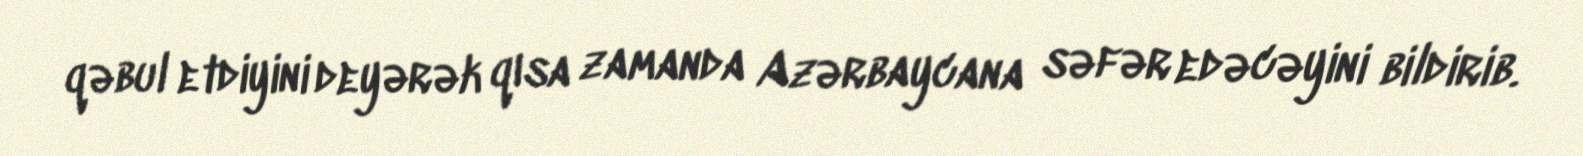
qəbul etdiyini deyərək qısa zamanda Azərbaycana səfər edəcəyini bildirib.